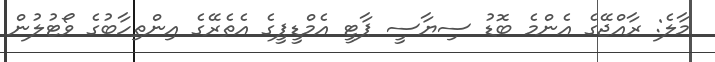
މާލެ: ރާއްޖޭގެ އެންމެ ބޮޑު ސިޔާސީ ޕާޓީ އެމްޑީޕީގެ އެތެރޭގެ އިންތިހާބުގެ ވޯޓުލުން